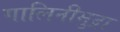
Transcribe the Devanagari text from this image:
गालिनीमुद्रा